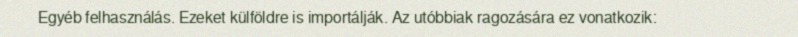
Egyéb felhasználás. Ezeket külföldre is importálják. Az utóbbiak ragozására ez vonatkozik: